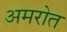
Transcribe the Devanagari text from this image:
अमरोत